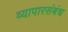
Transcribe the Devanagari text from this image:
व्यापारसंबंध